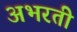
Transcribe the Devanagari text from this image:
अभरती